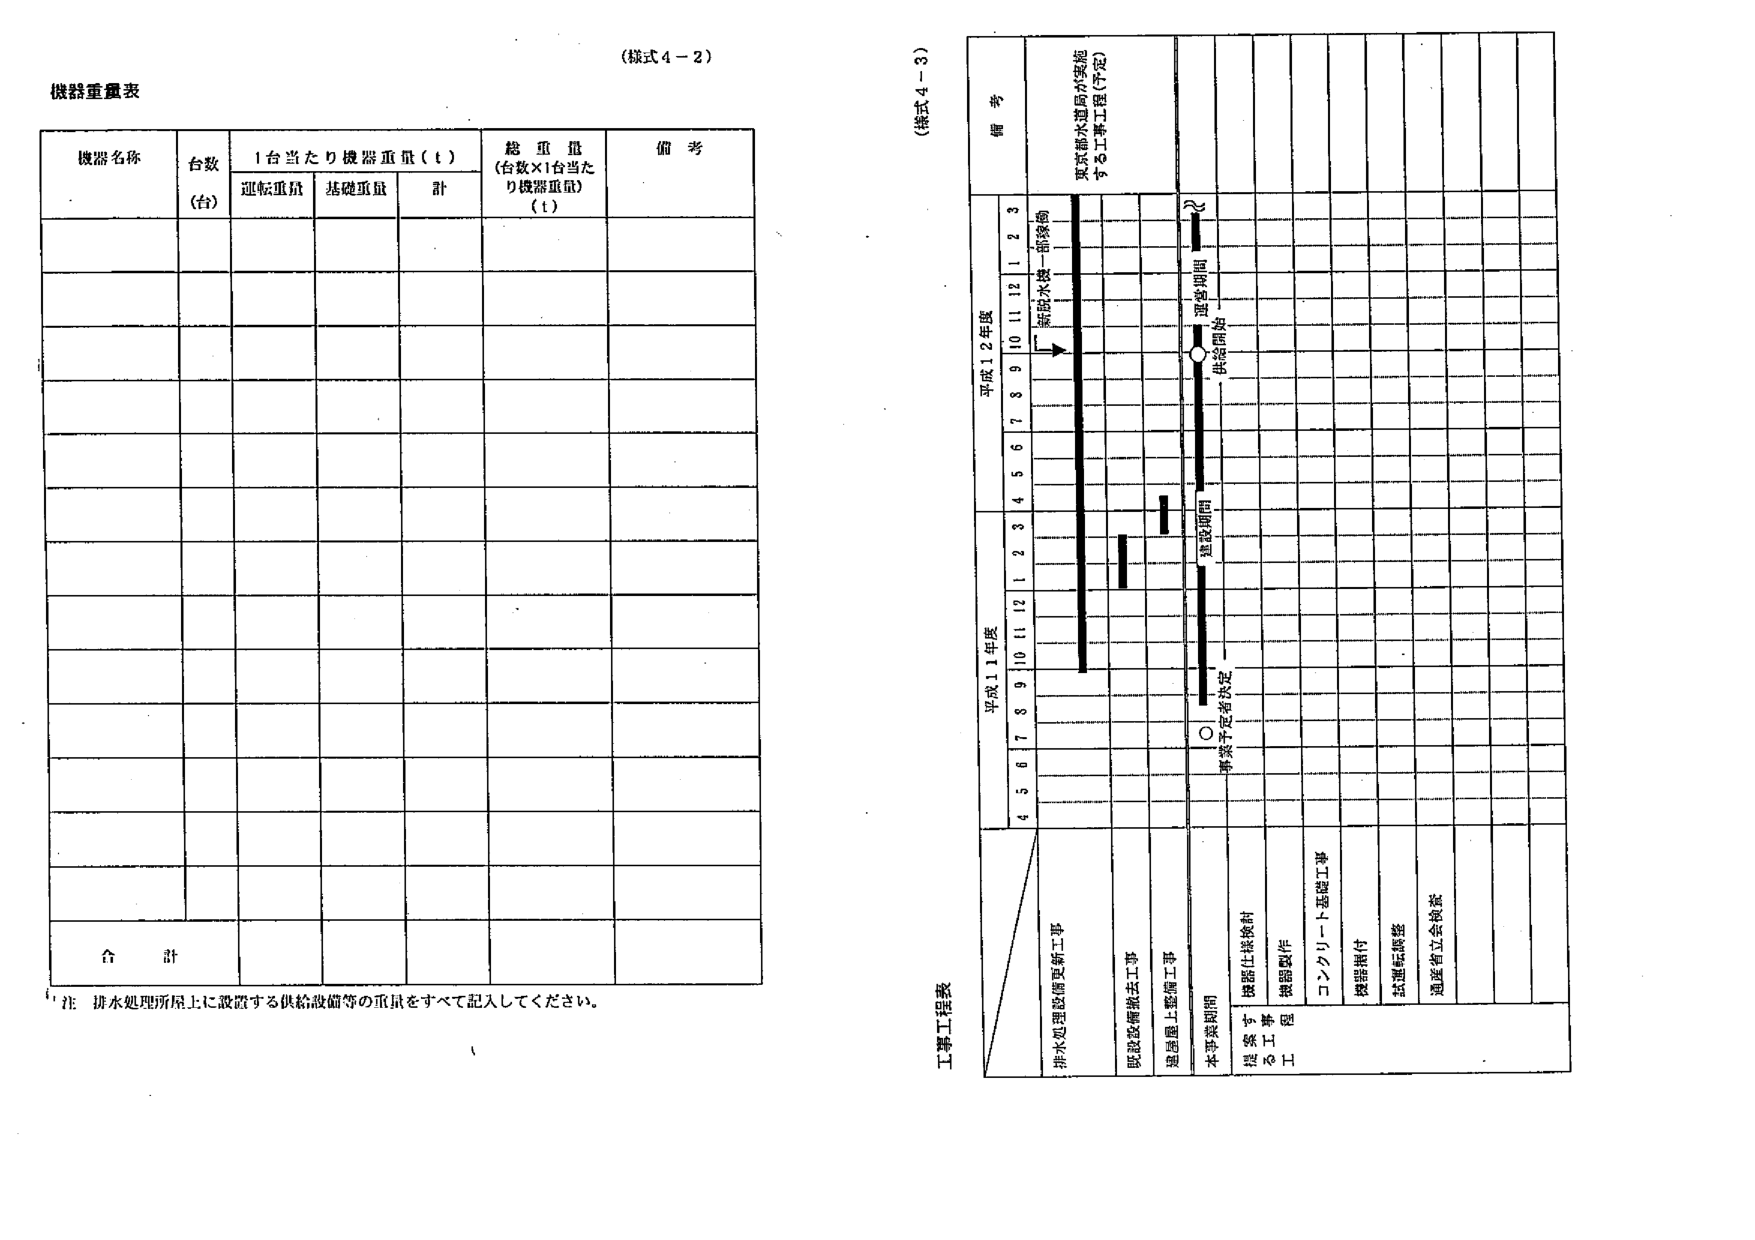
(様式4-2)

機器重量表

機器名称　　台数　　1台当たり機器重量(t)　　総重量　　備考
　　　　　　(台)　　運転重量　基礎重量　計　　(台数×1台当たり機器重量)(t)

合計

注：排水処理所屋上に設置する供給設備等の重量をすべて記入してください。

(様式4-3)

工事工程表